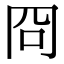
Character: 冏